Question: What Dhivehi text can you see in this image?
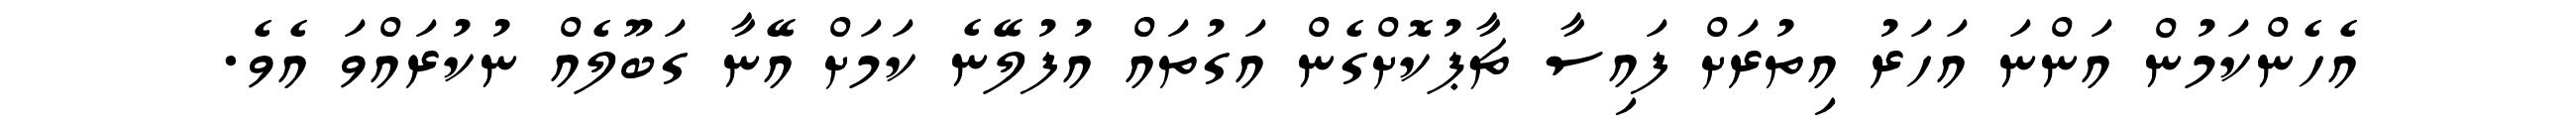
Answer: އެހެންކަމުން އަންނަ އަހަރު އިތުރަށް ފައިސާ ޗާޕުކޮށްގެން އަގުތައް އުފުލޭނެ ކަމަށް އޭނާ ގަބޫލެއް ނުކުރައްވަ އެވެ.